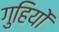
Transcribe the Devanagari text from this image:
गुहियों